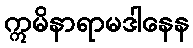
ဣမိနာရာမဒါနေန